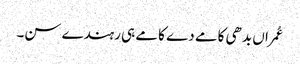
عُمراں بدھی کامے دے کامے ہی رہندے سن۔